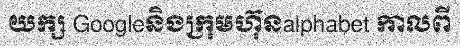
យក្ស Googleនិងក្រុមហ៊ុនalphabet កាលពី